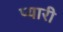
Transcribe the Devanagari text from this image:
प्‍यारी